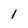
Character: 1